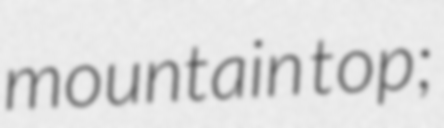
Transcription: mountain top;